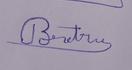
Signature authenticity: genuine